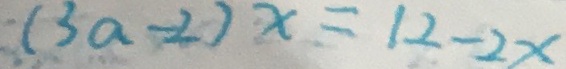
( 3 a - 2 ) x = 1 2 - 2 x